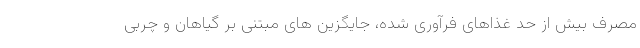
مصرف بیش از حد غذاهای فرآوری شده، جایگزین های مبتنی بر گیاهان و چربی